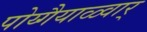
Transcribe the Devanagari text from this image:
पोय्गैयाळ्वार्